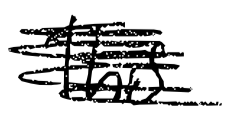
Text: This
Cross-out: scratch
Writing tool: digital_black